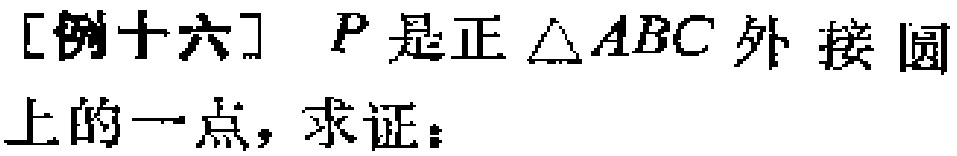
[例十六] \(P\)是正\(\triangle ABC\)外接圆上的一点，求证：